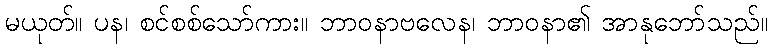
မယုတ်။ ပန၊ စင်စစ်သော်ကား။ ဘာဝနာဗလေန၊ ဘာဝနာ၏ အာနုဘော်သည်။